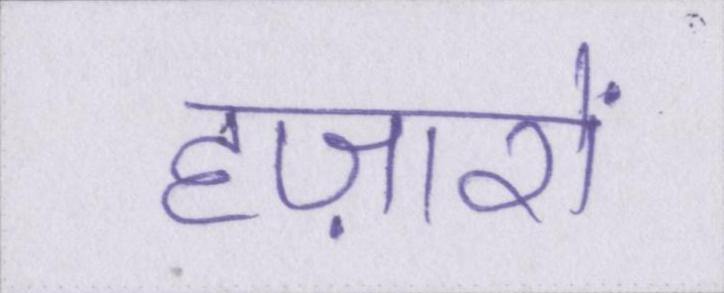
हज़ारों